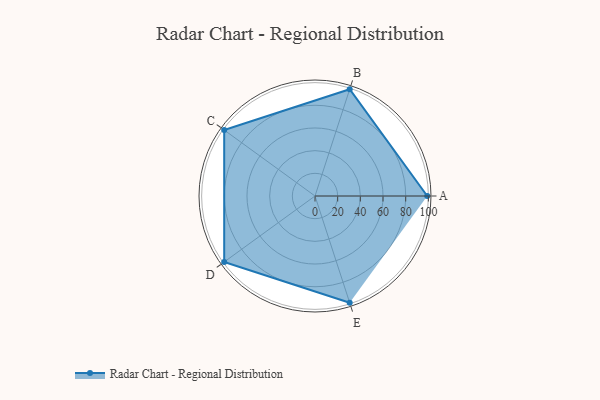
{"axis": {"x": "Skill", "y": "Score"}, "legend": ["Profile"], "data": [{"x": "A", "y": 99, "type": "Profile"}, {"x": "B", "y": 99, "type": "Profile"}, {"x": "C", "y": 99, "type": "Profile"}, {"x": "D", "y": 99, "type": "Profile"}, {"x": "E", "y": 99, "type": "Profile"}]}